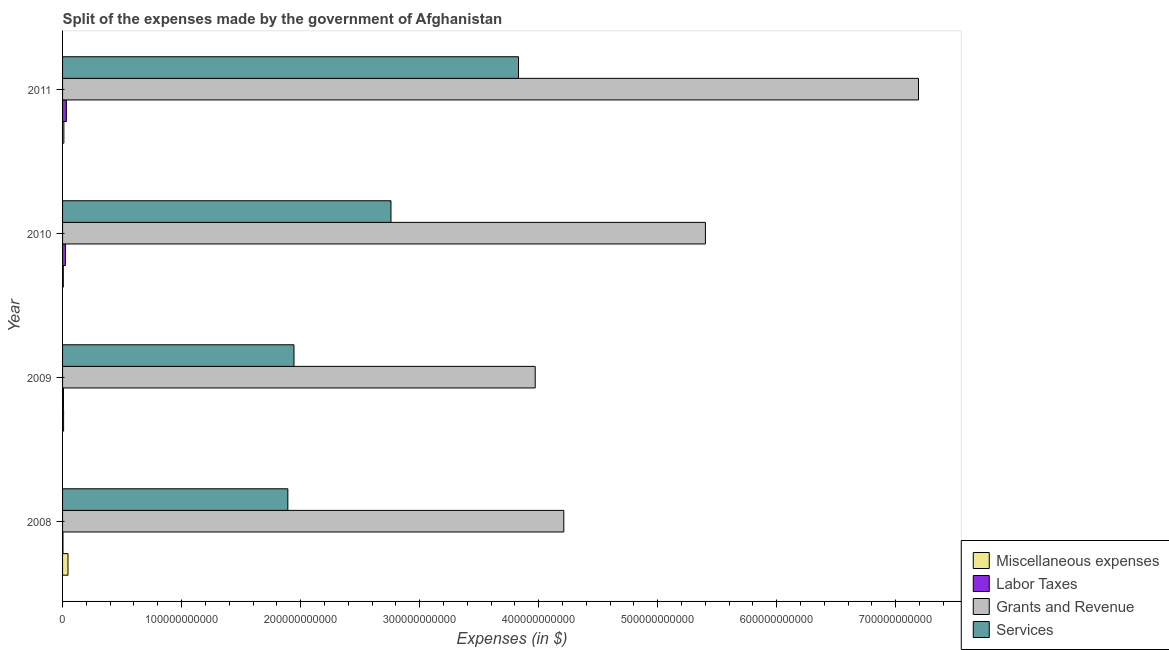
| Year | Miscellaneous expenses | Labor Taxes | Grants and Revenue | Services |
 | --- | --- | --- | --- | --- |
 | 2008 | 4.55e+09 | 3.4e+08 | 4.21e+11 | 1.89e+11 |
 | 2009 | 8.57e+08 | 7.48e+08 | 3.97e+11 | 1.94e+11 |
 | 2010 | 6.33e+08 | 2.44e+09 | 5.4e+11 | 2.76e+11 |
 | 2011 | 1.1e+09 | 3.2e+09 | 7.19e+11 | 3.83e+11 |